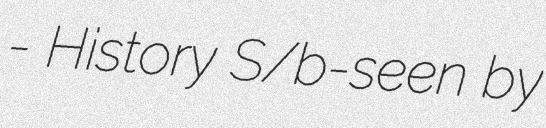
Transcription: - History S/b-seen by